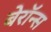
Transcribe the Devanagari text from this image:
बेरॉन्स